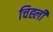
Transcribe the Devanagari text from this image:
चिह्ली